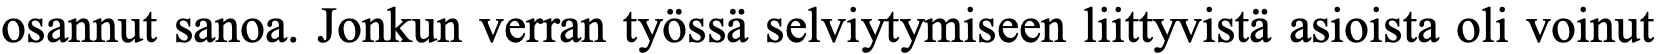
osannut sanoa. Jonkun verran työssä selviytymiseen liittyvistä asioista oli voinut